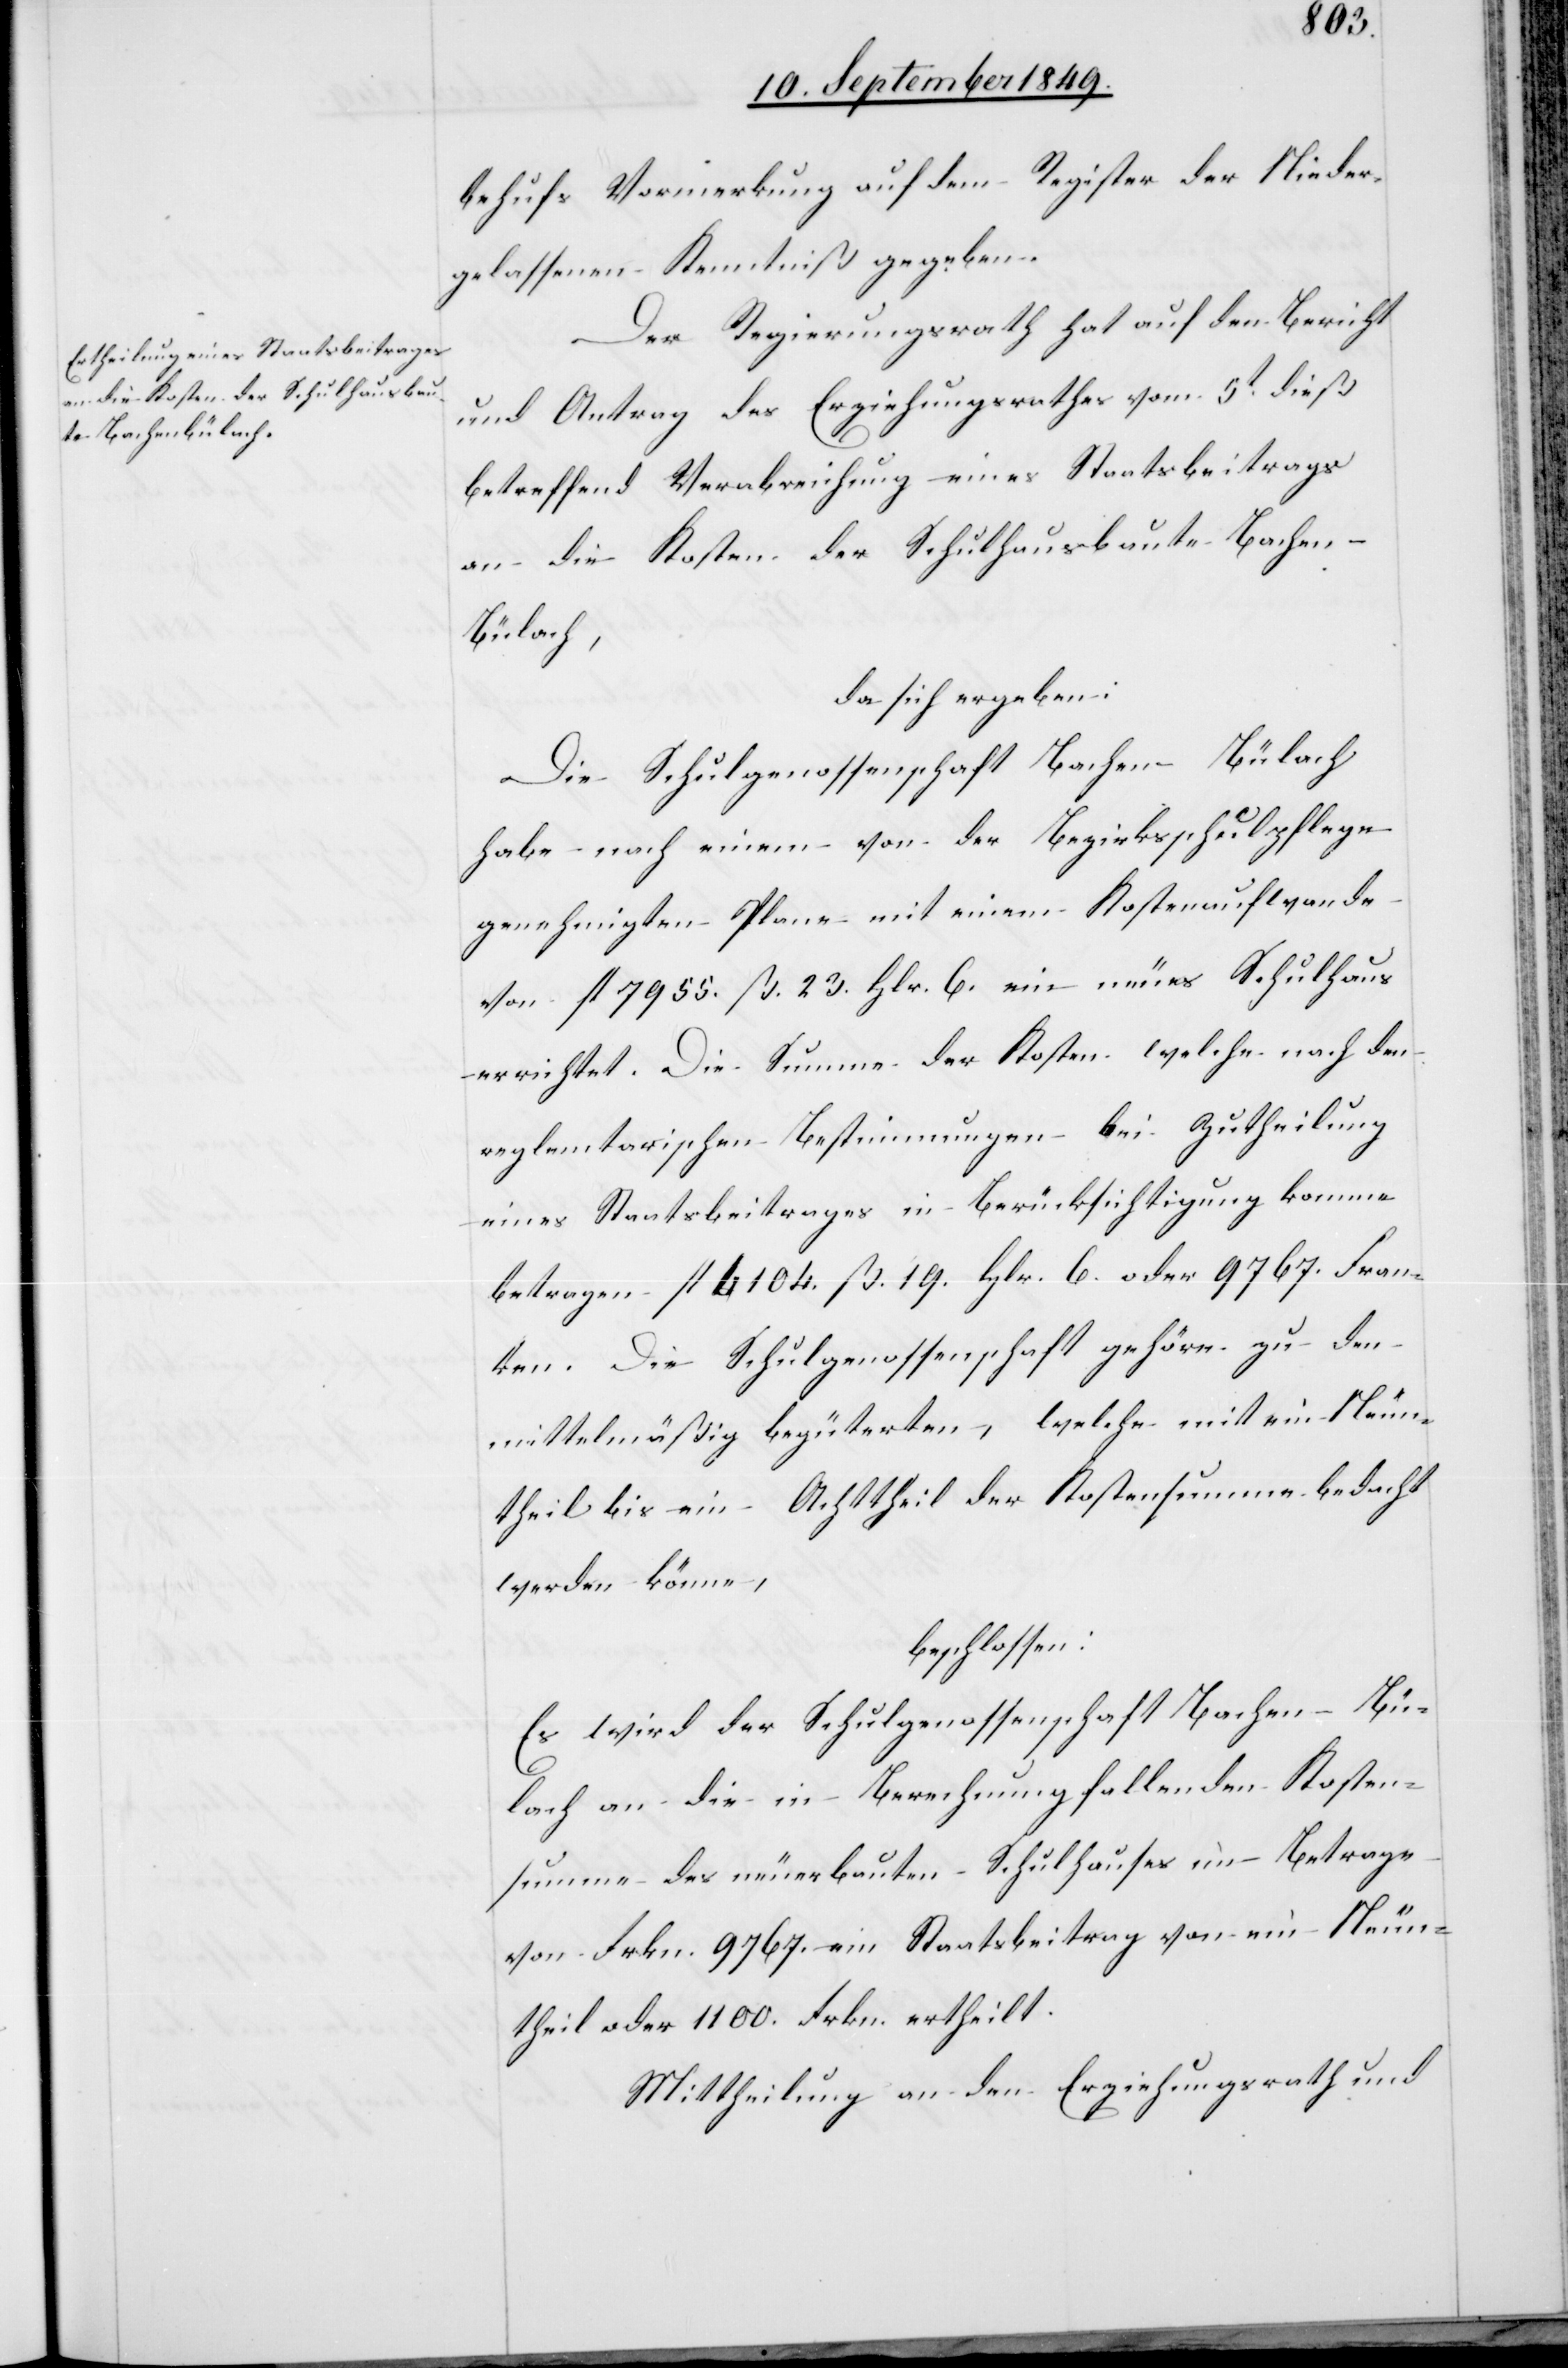
behufs Vormerkung auf dem Register der Nieder¬
gelassenen Kenntniß gegeben.
Der Regierungsrath hat auf den Bericht
und Antrag des Erziehungsrathes vom 5t dieß
betreffend Verabreichung eines Staatsbeitrags
an die Kosten der Schulhausbaute Bachen-B¬
ülach,
da sich ergeben:
Die Schulgenossenschaft Bachen-Bülach
habe nach einem von der Bezirksschulpflege
genehmigten Plane mit einem Kostenaufwande
von fl. 7955. ß. 23. Hlr. 6. ein neues Schulhaus
errichtet. Die Summe der Kosten[,] welche nach den
reglementarischen Bestimmungen bei Zutheilung
eines Staatsbeitrages in Berücksichtigung komme[,]
betrage fl. 4104. ß. 19. Hlr. 6. oder 9767. Fran¬
ken. Die Schulgenossenschaft gehöre zu den
mittelmäßig begüterten, welche mit ein Neun¬
theil bis ein Achttheil der Kostensumme bedacht
werden könne,
beschlossen:
Es wird der Schulgenossenschaft Bachen-Bü¬
lach an die in Berechnung fallenden Kosten¬
summe des neuerbauten Schulhauses im Betrage
von Frkn. 9767. ein Staatsbeitrag von ein Neun¬
theil oder 1100. Frkn. ertheilt.
Mittheilung an den Erziehungsrath und